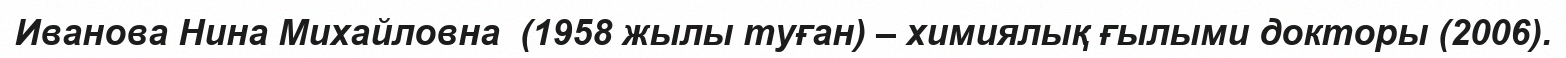
Иванова Нина Михайловна  (1958 жылы туған) – химиялық ғылыми докторы (2006).